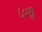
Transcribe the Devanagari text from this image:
८०मी